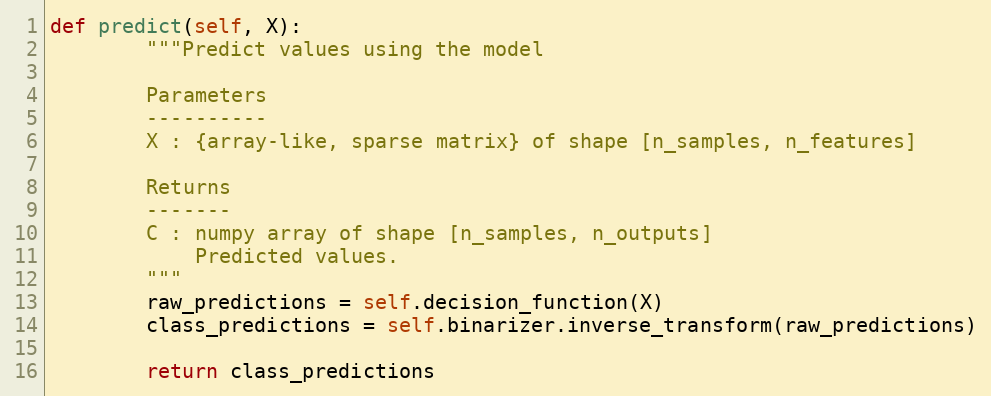
Language: Python
def predict(self, X):
        """Predict values using the model

        Parameters
        ----------
        X : {array-like, sparse matrix} of shape [n_samples, n_features]

        Returns
        -------
        C : numpy array of shape [n_samples, n_outputs]
            Predicted values.
        """
        raw_predictions = self.decision_function(X)
        class_predictions = self.binarizer.inverse_transform(raw_predictions)

        return class_predictions